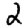
Digit: 2